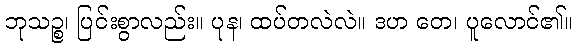
ဘုသဉ္စ၊ ပြင်းစွာလည်း။ ပုန၊ ထပ်တလဲလဲ။ ဒဟ တေ၊ ပူလောင်၏။